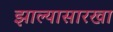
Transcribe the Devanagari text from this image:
झाल्यासारखा